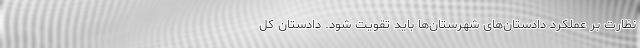
نظارت بر عملکرد دادستان‌های شهرستان‌ها باید تقویت شود. دادستان کل